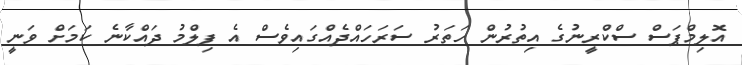
އޮލިމްޕަސް ސްކްރީނުގެ އިތުރުން ހަތަރު ސަރަހައްދެއްގައިވެސް އެ ފިލްމު ދައްކާނެ ކަމަށް ވަނީ